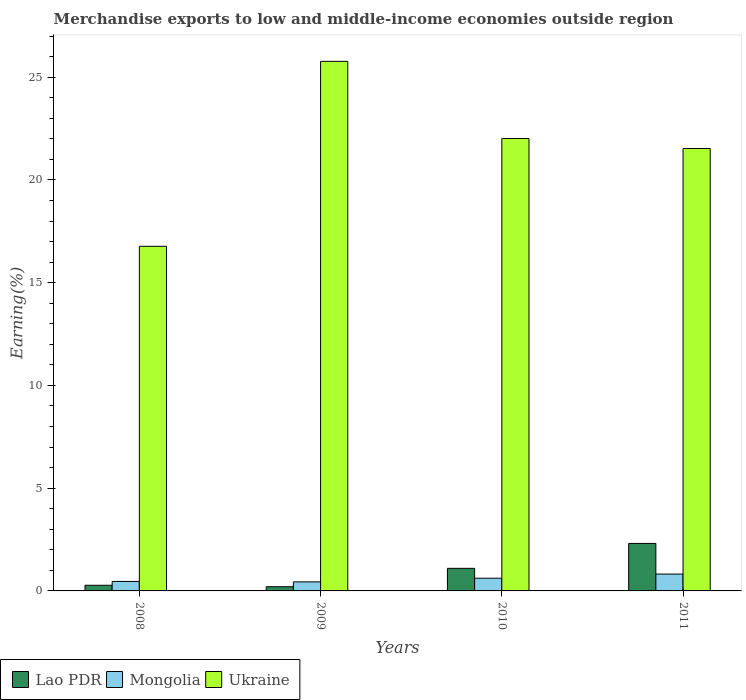
| Years | Lao PDR | Mongolia | Ukraine |
 | --- | --- | --- | --- |
 | 2008 | 0.275 | 0.461 | 16.8 |
 | 2009 | 0.204 | 0.44 | 25.8 |
 | 2010 | 1.1 | 0.617 | 22 |
 | 2011 | 2.31 | 0.82 | 21.5 |